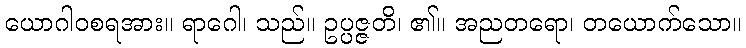
ယောဂါဝစရအား။ ရာဂေါ၊ သည်။ ဥပ္ပဇ္ဇတိ၊ ၏။ အညတရော၊ တယောက်သော။